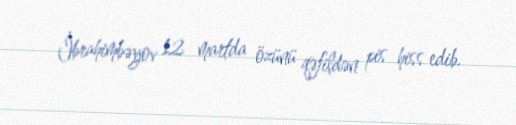
İbrahimbəyov 12 martda özünü qəfildən pis hiss edib.